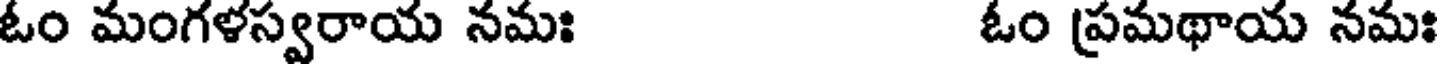
ఓం మంగళస్వరాయ నమః ఓం ప్రమథాయ నమః